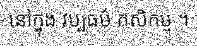
នៅក្នុង វប្បធម៌ កសិកម្ម ។